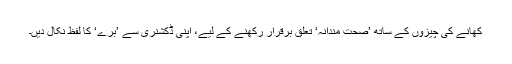
کھانے کی چیزوں کے ساتھ ’صحت مندانہ‘ تعلق برقرار رکھنے کے لیے، اپنی ڈکشنری سے ’بُرے‘ کا لفظ نکال دیں۔